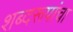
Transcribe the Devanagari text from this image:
शब्दरूपांचा